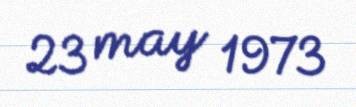
23 may 1973